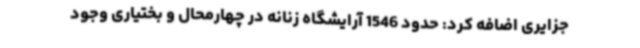
جزایری اضافه کرد: حدود 1546 آرایشگاه زنانه در چهارمحال و بختیاری وجود